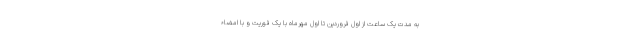
به مدت یک ساعت از اول فروردین تا اول مهرماه با یک فوریت و با امضاء